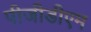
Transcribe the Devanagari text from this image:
पीजीडीएम